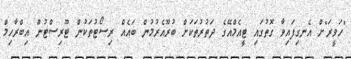
"ހަވީރަ"ށް އެނގިފައިވާ ގޮތުގައި ޓީއެމްއޭގެ ދަތުރުތަކަށް ބުރޫއެރުމުން ބައެއް ރިސޯޓުތަކުން ޓޫރިސްޓުން އިބްރާހިމް